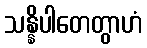
သန္နိပါတေတွာဟံ